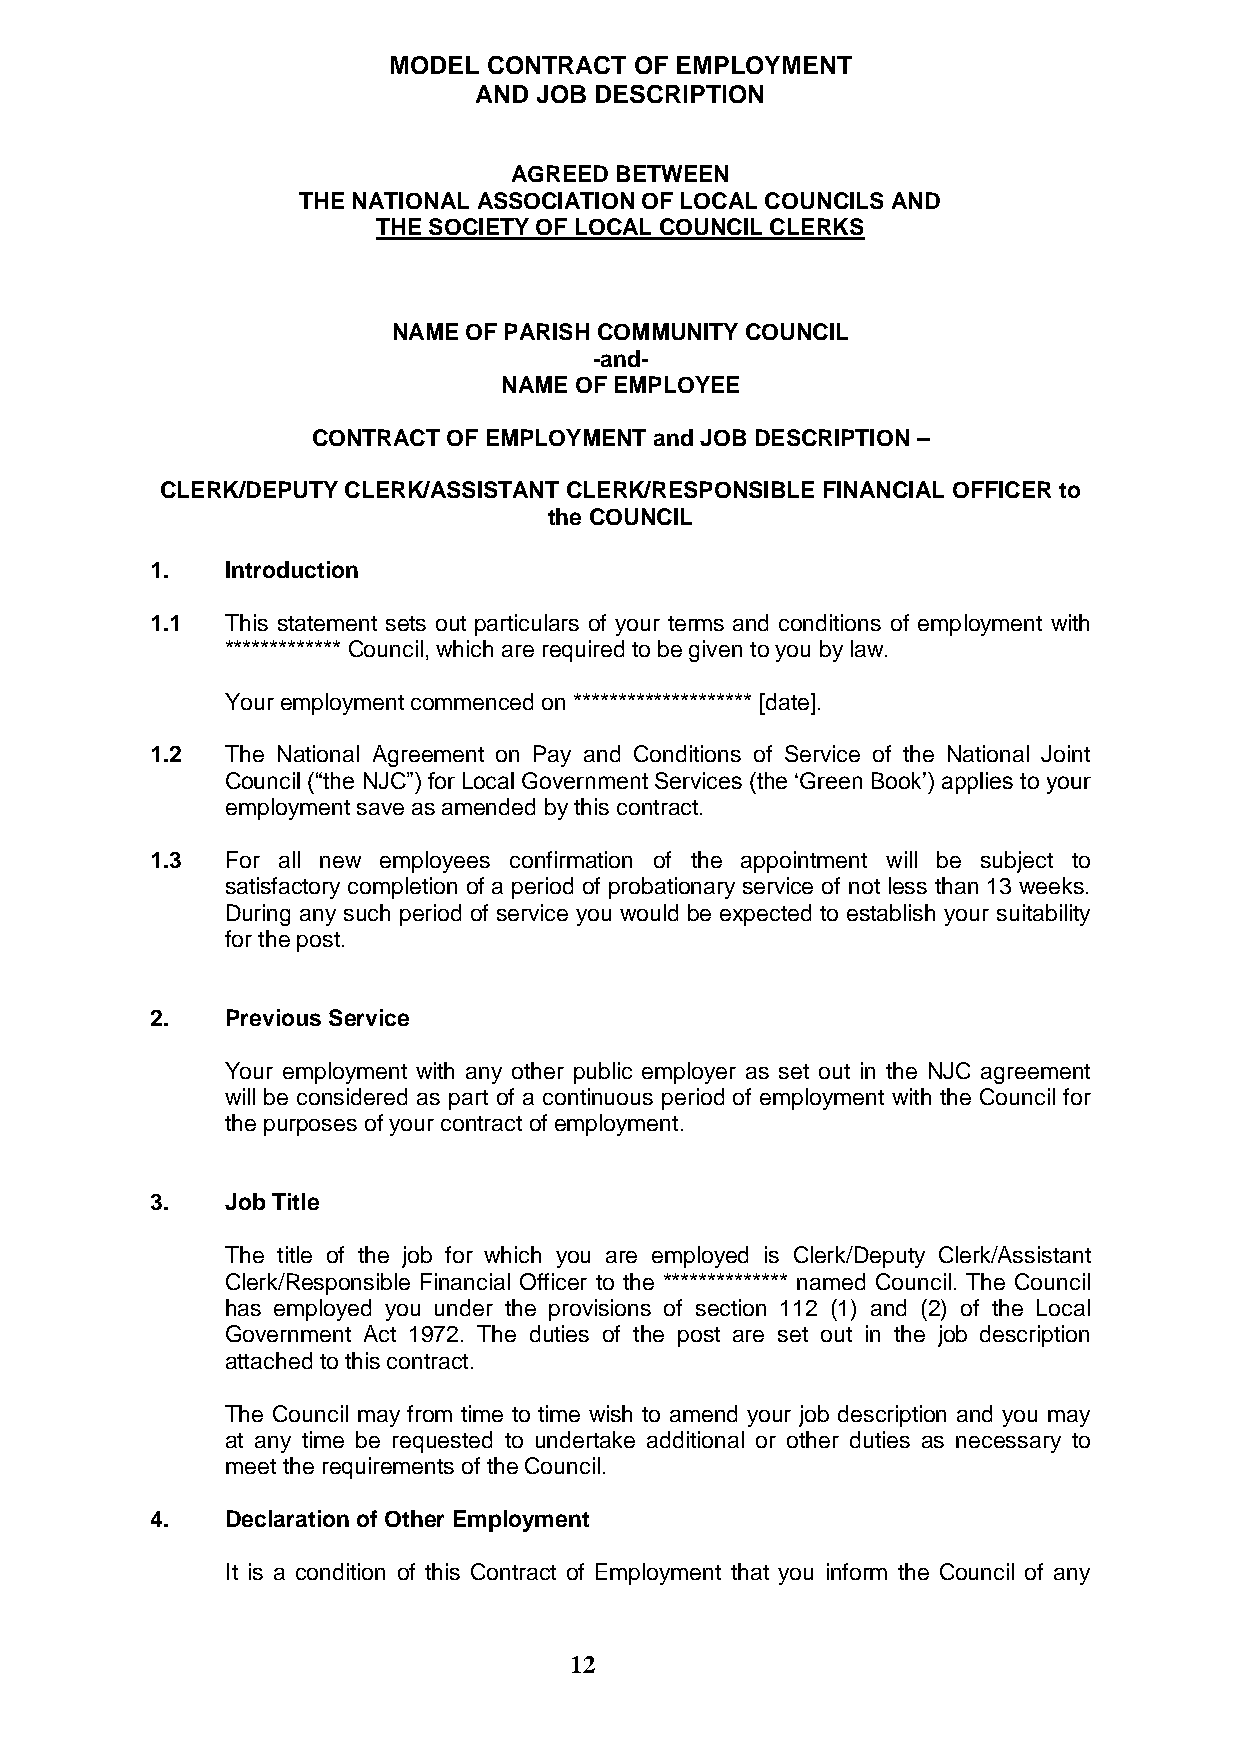
MODEL CONTRACT  OF EMPLOYMENT
 AND JOB DESCRIPTION
 AGREED BETWEEN
 THE NATIONAL ASSOCIATION OF LOCAL COUNCILS AND
 THE SOCIETY OF LOCAL COUNCIL CLERKS
 NAME OF PARISH COMMUNITY COUNCIL
 -and-
 NAME OF EMPLOYEE
 CONTRACT OF EMPLOYMENT and JOB DESCRIPTION –
 CLERK/DEPUTY CLERK/ASSISTANT CLERK/RESPONSIBLE FINANCIAL OFFICER to
 the COUNCIL
 1.   Introduction
 1.1  This statement sets out particulars of your terms and conditions of employment with
 ************* Council, which are required to be given to you by law.
 Your employment commenced on ******************** [date].
 1.2  The National Agreement on Pay and Conditions of Service of the National Joint
 Council (“the NJC”) for Local Government Services (the „Green Book‟) applies to your
 employment save as amended by this contract.
 1.3  For all new employees confirmation of the appointment will be subject to
 satisfactory completion of a period of probationary service of not less than 13 weeks.
 During any such period of service you would be expected to establish your suitability
 for the post.
 2.   Previous Service
 Your employment with any other public employer as set out in the NJC agreement
 will be considered as part of a continuous period of employment with the Council for
 the purposes of your contract of employment.
 3.   Job Title
 The title of the job for which you are employed is Clerk/Deputy Clerk/Assistant
 Clerk/Responsible Financial Officer to the ************** named Council. The Council
 has employed you under the provisions of section 112 (1) and (2) of the Local
 Government Act 1972. The duties of the post are set out in the job description
 attached to this contract.
 The Council may from time to time wish to amend your job description and you may
 at any time be requested to undertake additional or other duties as necessary to
 meet the requirements of the Council.
 4.   Declaration of Other Employment
 It is a condition of this Contract of Employment that you inform the Council of any
 12